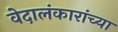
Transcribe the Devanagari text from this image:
वेदालंकारांच्या